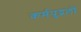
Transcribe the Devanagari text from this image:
कर्मपुद्गलों